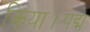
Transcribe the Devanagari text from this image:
किया।पद्म